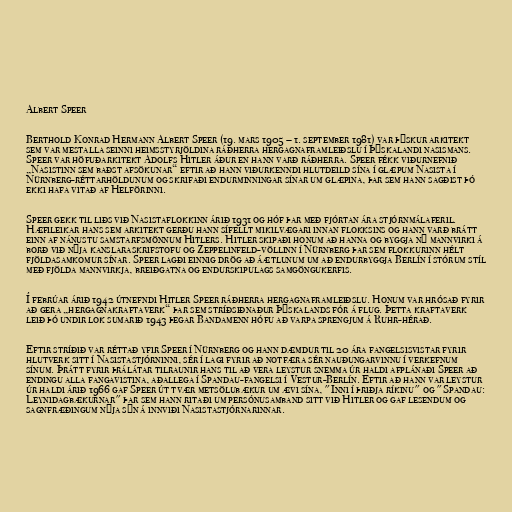
Albert Speer

Berthold Konrad Hermann Albert Speer (19. mars 1905 – 1. september 1981) var þýskur arkitekt
sem var mestalla seinni heimsstyrjöldina ráðherra hergagnaframleiðslu í Þýskalandi nasismans.
Speer var höfuðarkitekt Adolfs Hitler áður en hann varð ráðherra. Speer fékk viðurnefnið
„Nasistinn sem baðst afsökunar“ eftir að hann viðurkenndi hlutdeild sína í glæpum Nasista í
Nürnberg-réttarhöldunum og skrifaði endurminningar sínar um glæpina, þar sem hann sagðist þó
ekki hafa vitað af Helförinni.

Speer gekk til liðs við Nasistaflokkinn árið 1931 og hóf þar með fjórtan ára stjórnmálaferil.
Hæfileikar hans sem arkitekt gerðu hann sífellt mikilvægari innan flokksins og hann varð brátt
einn af nánustu samstarfsmönnum Hitlers. Hitler skipaði honum að hanna og byggja ný mannvirki á
borð við nýja kanslaraskrifstofu og Zeppelinfeld-völlinn í Nürnberg þar sem flokkurinn hélt
fjöldasamkomur sínar. Speer lagði einnig drög að áætlunum um að endurbyggja Berlín í stórum stíl
með fjölda mannvirkja, breiðgatna og endurskipulags samgöngukerfis.

Í febrúar árið 1942 útnefndi Hitler Speer ráðherra hergagnaframleiðslu. Honum var hrósað fyrir
að gera „hergagnakraftaverk“ þar sem stríðsiðnaður Þýskalands fór á flug. Þetta kraftaverk
leið þó undir lok sumarið 1943 þegar Bandamenn hófu að varpa sprengjum á Ruhr-hérað.

Eftir stríðið var réttað yfir Speer í Nürnberg og hann dæmdur til 20 ára fangelsisvistar fyrir
hlutverk sitt í Nasistastjórninni, sér í lagi fyrir að notfæra sér nauðungarvinnu í verkefnum
sínum. Þrátt fyrir þrálátar tilraunir hans til að vera leystur snemma úr haldi afplánaði Speer að
endingu alla fangavistina, aðallega í Spandau-fangelsi í Vestur-Berlín. Eftir að hann var leystur
úr haldi árið 1966 gaf Speer út tvær metsölubækur um ævi sína, "Inni í þriðja ríkinu" og "Spandau:
Leynidagbækurnar" þar sem hann ritaði um persónusamband sitt við Hitler og gaf lesendum og
sagnfræðingum nýja sýn á innviði Nasistastjórnarinnar.